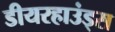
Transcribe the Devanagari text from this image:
डीयरहाउंड्स